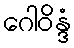
ဂေါဝိန္ဒံ